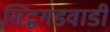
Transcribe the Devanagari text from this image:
सिद्धगडवाडी